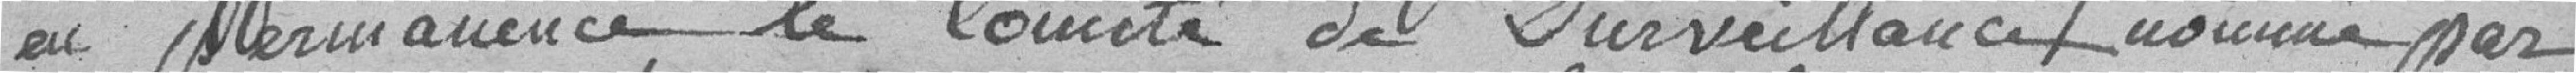
en permanence le comité de surveillance nommé par